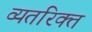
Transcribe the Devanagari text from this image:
व्यतरिक्त